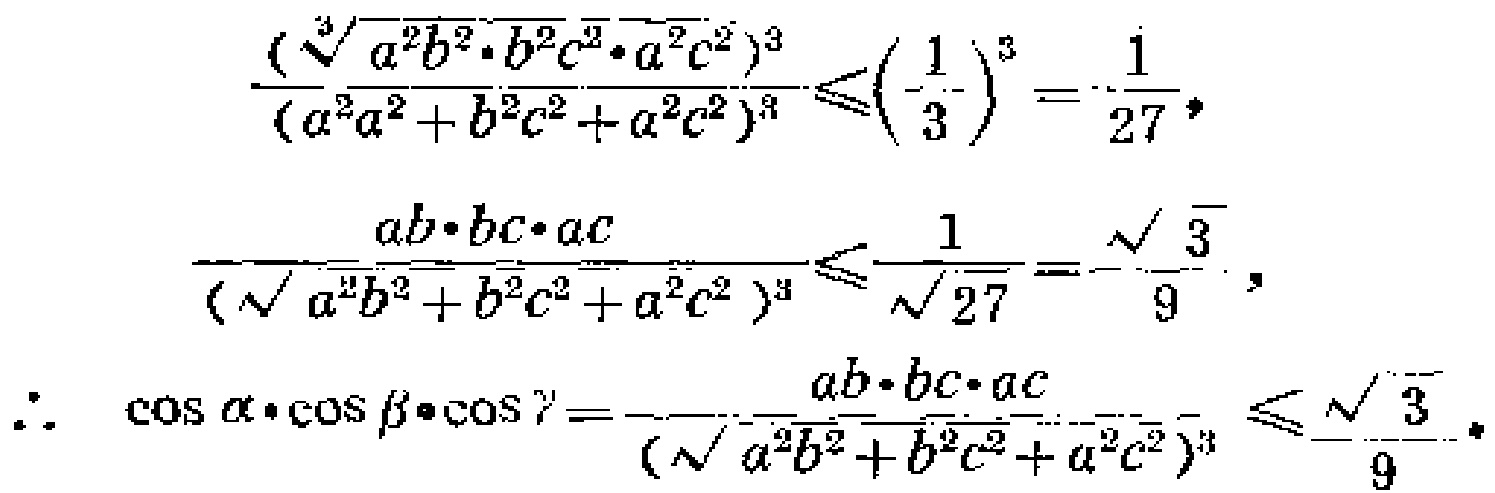
\[
\begin{align*}
&\frac{(\sqrt[3]{a^{2}b^{2}\cdot b^{2}c^{2}\cdot a^{2}c^{2}})^{3}}{(a^{2}b^{2}+b^{2}c^{2}+a^{2}c^{2})^{3}}\leqslant\left(\frac{1}{3}\right)^{3}=\frac{1}{27},\\
&\frac{ab\cdot bc\cdot ac}{(\sqrt{a^{2}b^{2}+b^{2}c^{2}+a^{2}c^{2}})^{3}}\leqslant\frac{1}{\sqrt{27}}=\frac{\sqrt{3}}{9},\\
&\therefore\ \cos\alpha\cdot\cos\beta\cdot\cos\gamma =-\frac{ab\cdot bc\cdot ac}{(\sqrt{a^{2}b^{2}+b^{2}c^{2}+a^{2}c^{2}})^{3}}\leqslant\frac{\sqrt{3}}{9}.
\end{align*}
\]